King Institute of Preventive Medicine Micro-Biological Section reports 1912-19
Year: 1912
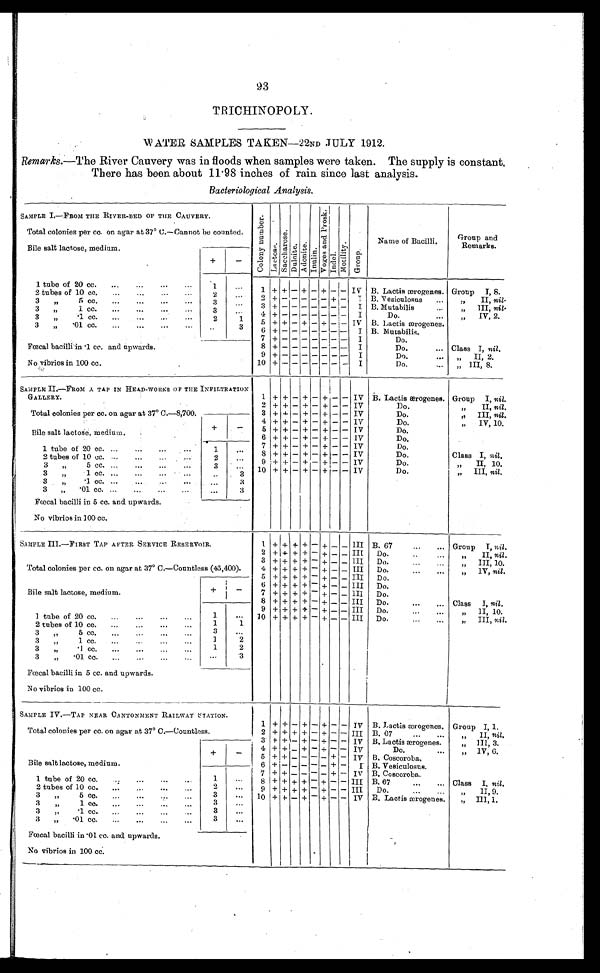
93
TRICHINOPOLY.
WATER SAMPLES TAKEN—22ND JULY 1912.
Remarks.—The River Cauvery was in floods when samples were taken. The supply is constant.
There has been about 11.98 inches of rain since last analysis.
Bacteriological Analysis.
SAMPLE I.—FROM THE RIVER-BED OF THE CAUVERY.
Total colonies per cc. on agar at 37' C.—Cannot be counted.
Co l o n y Nu mb e r .
Lact ose. S a c c h a r o s e . Dul ci t e.
Adonite.
I nul i n.
V o g e s a n d P r o s k .
I ndol .
Mot i l i t y.
Gr oup.
Name of Bacilli.
Group and
Remarks.
Bile salt lactose, medium.
+
-
1 tube of 20 cc.
...
...
...
...
1
... 1 + + - + -
+ - -
IV B. Lactis ærogenes. Group I, 8.
2 tubes of 10 cc. ...
...
...
...
2
...
2 + - - - - - + -
I
B. Vesiculosus
...
„
II, nil.
3 „
5 cc. ...
...
...
...
3
3 + - - - - - - -
I B. Mutabilis
...
,,
III, nil.
3 „ 1 cc. ... ...
3
. . .
4 + - - - - - - -
I
Do.
...
„
IV, 2,
3
„
2
1
5 + + - + - + - - IV B. Lactis ærogenes.
3 „ .01 cc.
.
..
..
. . .
3
6 + - - - - - - -
I B. Mutabilis.
7 + - - - - - - -
I
Do.
Fœcal bacilli in .1 cc. and apwards.
No vibrios in 100 cc.
8 + - - - - - - -
I
Do.
... Class I, nil.
9 + - - - - - - -
I
Do.
„ II, 2.
10 + - - - - - - -
I
Do.
....
„ III, 8
SAMPLE II.— FROM A TAP IN HEAD-WORKS OF THE INFILTRATION
GALLERY.
Total colonies per cc. on agar at 37° C.—8,700.
1 + + - + - + - - IV
B. Lactis ærogenes. Group I, nil.
2 + + - + - + - - IV
Do.
„
II, nil.
3 + + - + - + - - IV
Do.
„ III, nil.
4 + + - + - + - - IV
Do.
„ IV, 10.
Bile salt lactose, medium.
+
- 5 + + - + - + - - IV
D o .
6 + + - + - + - - IV
Do.
7 + + - + - + - - IV
Do.
1 tube of 20 cc. ...
. . . •••
...
1
. . .
8 + + - + - + - - IV
Do.
Class I, nil.
2 tubes of 10 cc. ...
...
...
...
2
. . .
9 + + - + - + - - IV
Do.
„
II, 10.
3 „ 5 c c .
3
. . .
10 + + - + - + - - IV
Do.
„
III, nil.
3
„
1 cc. ...
...
...
..
3
3 „ . 1 c c .
...
3
3 „ .01 cc. ... ... ... ...
... 3
Fœtal bacilli in 5 cc. and upwards.
No vibrios in 100 cc.
SAMPLE III.—FIRST TAP AFTER SERVICE RESERVOIR.
Total colonies per cc. on agar at 37° C.—Countless (45,400).
1 + + + + - + - - III
B. 67
...
... Group I, nil .
2 + + + + - + - - III
Do....
„
II, nil.
3 + + + + - + - - III
Do.
„ III, 10.
4 + + + + - + - - III
Do.
...
...
„
IV, nil .
5 + + + + - + - - III
Do.
Bile salt lactose, medium.
+
-
6 + + + + - + - - III
Do.
7 + + + + - + - - III
Do.
8 + + + + - + - - III
Do.
...
... Class
I, nil.
I tube of 20 cc. ...
...
...
...
1
. . .
9 + + + + - + - - III
Do.
...
...
„
II, 10.
10 + + + + - + - - III
Do.
„ III, nil.
2 tubes of 10 cc. ...
...
...
...
1
1
3 „ 5 CC.
3
. . .
3 „ 1 CC.
1
2
3 „ .I cc. .. ... ...
1
2
3 „
.01 cc. ... ... ... ...
. . . 3
Fœcal bacilli in 5 cc. and upwards.
No vibrios in 100 cc.
SAMPLE IV.—TAP NEAR CANTONMENT RAILWAY STATION.
Total colonies per cc. on agar at 37°.—Countless.
1 + + - + - + - - IV
B. Lactis æerogenes. Group I, 1.
2 + + + + - + - - III
B. 67
„ II, nil.
3
+ + - + - + - - IV
B. Lactis ærogenes.
„
III, 3.
4 + + - + - + - - IV
Do.
...
„ IV, 6.
„
Bile salt lactose, medium.
+
-
5 + + - - - - + - IV
B. Coscoroba.
6 + - - - - - + -
I
B. Vesiculosus.
7 + + - - - - + - IV B. Coscoroba.
1 tube of 20 cc.
...
...
...
...
1
. . .
8 + + + + - + - - III
B. 67
...
... Class I, nil.
2 tubes of 10 cc. ...
. . . ...
2
. . .
9 + + + + - + - - III
Do.
„ II, 9,
3
5 co.
3
••• 10 + + - + - + - - IV R. Lactis ærogenes
.
„ III, 1.
3 „ 1 cc.
3
...
3 „
. 1 c c .
. . .
. . .
. . .
3
. . .
3 „ .01 cc. ... ... ... ...
3
...
Fœcal bacilli in .01 cc. and upwards.
No vibrios in 100 cc.